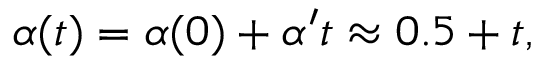
\alpha ( t ) = \alpha ( 0 ) + \alpha ^ { \prime } t \approx 0 . 5 + t ,